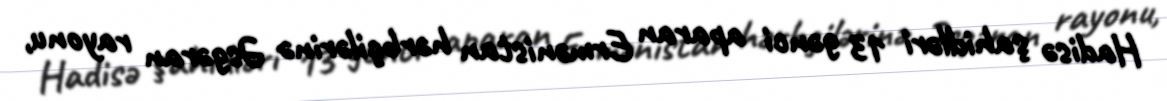
Hadisə şahidləri 13 gənci aparan Ermənistan hərbçilərinə Əsgəran rayonu,